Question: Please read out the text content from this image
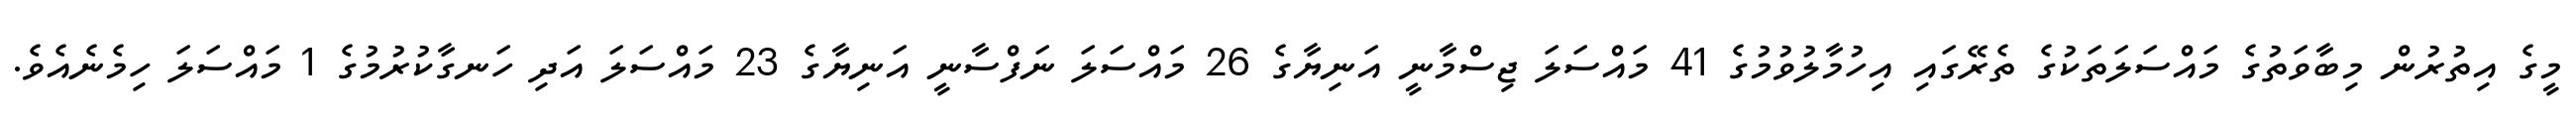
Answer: މީގެ އިތުރުން މިބާވަތުގެ މައްސަލަތަކުގެ ތެރޭގައި އިހުމާލުވުމުގެ 41 މައްސަލަ ޖިސްމާނީ އަނިޔާގެ 26 މައްސަލަ ނަފްސާނީ އަނިޔާގެ 23 މައްސަލަ އަދި ހަނގާކުރުމުގެ 1 މައްސަލަ ހިމެނެއެވެ.